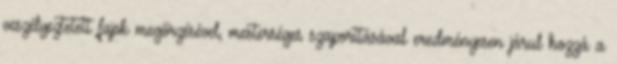
veszélyeztetett fajok megőrzésével, mesterséges szaporításával eredményesen járul hozzá a